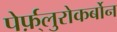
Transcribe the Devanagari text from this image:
पेर्फ़्लुरोकर्बोन